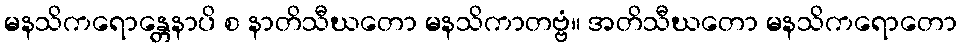
မနသိကရောန္တေနာပိ စ နာတိသီဃတော မနသိကာတဗ္ဗံ။ အတိသီဃတော မနသိကရောတော